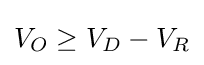
V_{O}\geq V_{D}-V_{R}